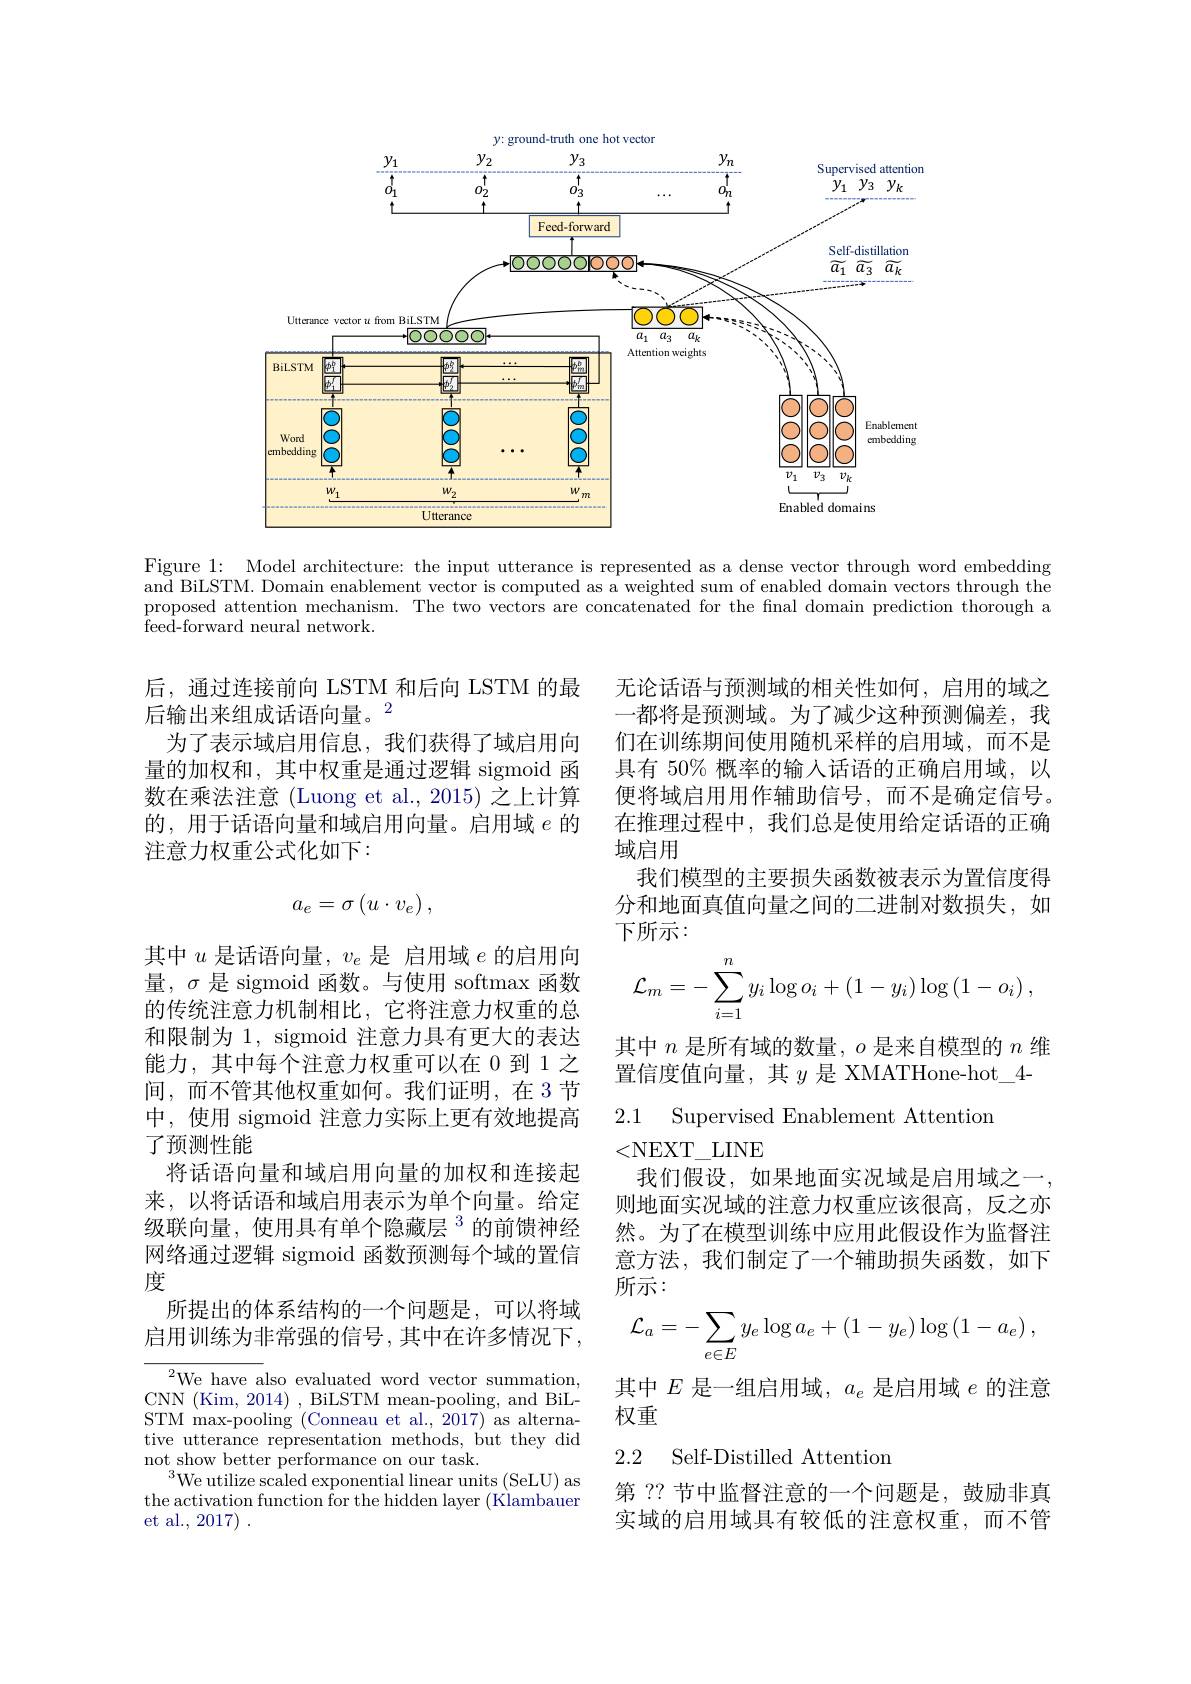
$y{:}$ ground-truth one hot vector
<FigureHere>

Figure 1: Model architecture: the input utterance is represented as a dense vector through word embedding $\bar{\text{and BiLSTM. Domain enablement vector is computed as a weighted sum of enabled domain vectors through the}}$ proposed attention mechanism. The two vectors are concatenated for the final domain prediction thorough a $\bar{\mathrm{feed-forward~neural~network.}}$

后，通过连接前向 LSTM 和后向 LSTM 的最
后输出来组成话语向量。$^{2}$
为了表示域启用信息，我们获得了域启用向量的加权和，其中权重是通过逻辑 sigmoid 函数在乘法注意 (Luong et al., 2015) 之上计算的，用于话语向量和域启用向量。启用域$e$的注意力权重公式化如下：
$$a_e=\sigma\left(u\cdot v_e\right),$$
其中$u$是话语向量，$v_e$是 启用域$e$的启用向量，$\sigma$是 sigmoid 函数。与使用 softmax 函数的传统注意力机制相比，它将注意力权重的总和限制为 1, sigmoid 注意力具有更大的表达$\begin{array}{l}\text{能力，其中每个注意力权重可以在 }0\text{ 到 1 之}\\\text{间，而不管其他权重如何。我们证明，在 3 节}\end{array}$ 中，使用 sigmoid 注意力实际上更有效地提高了预测性能
将话语向量和域启用向量的加权和连接起来，以将话语和域启用表示为单个向量。给定级联向量，使用具有单个隐藏层$^{3}$的前馈神经网络通过逻辑 sigmoid 函数预测每个域的置信度
所提出的体系结构的一个问题是，可以将域启用训练为非常强的信号，其中在许多情况下，

$^{2}$We have also evaluated word vector summation, CNN (Kim, 2014) , BiLSTM mean-pooling, and BiLSTM max-pooling (Conneau et al., 2017) as alternative utterance representation methods, but they did not show better performance on our task.
$^{3}$We utilize scaled exponential linear units (SeLU) as the activation function for the hidden layer (Klambauer et al., 2017) .

无论话语与预测域的相关性如何，启用的域之一都将是预测域。为了减少这种预测偏差，我们在训练期间使用随机采样的启用域，而不是具有 50% 概率的输入话语的正确启用域，以便将域启用用作辅助信号，而不是确定信号。在推理过程中，我们总是使用给定话语的正确域启用
我们模型的主要损失函数被表示为置信度得分和地面真值向量之间的二进制对数损失，如下所示：
$$\mathcal{L}_m=-\sum_{i=1}^ny_i\log o_i+(1-y_i)\log\left(1-o_i\right),$$
其中$n$是所有域的数量，$o$是来自模型的$n$维

置信度值向量，其$y$ 是 XMATHone-hot\_4-

2.1 Supervised Enablement Attention

<NEXT\_LINE
我们假设，如果地面实况域是启用域之一， 则地面实况域的注意力权重应该很高，反之亦然。为了在模型训练中应用此假设作为监督注意方法，我们制定了一个辅助损失函数，如下所示：
$$\begin{aligned}\mathcal{L}_a&=-\sum_{e\in E}y_e\log a_e+(1-y_e)\log\left(1-a_e\right),\end{aligned}$$
其中$E$是一组启用域，$a_e$是启用域$e$的注意
权重

## 2.2 Self-Distilled Attentior

第 ?? 节中监督注意的一个问题是，鼓励非真实域的启用域具有较低的注意权重，而不管